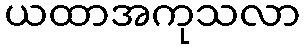
ယထာအကုသလာ